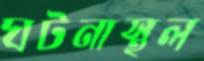
ঘটনাস্থল